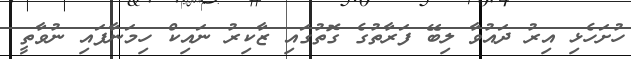
ހުށަހެޅި އިރު ދައުވާ ލިބޭ ފަރާތުގެ ގޮތުގައި ޒާކިރު ނައިކް ހިމަނާފައި ނުވާތީ